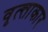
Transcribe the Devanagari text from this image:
वृत्त्ताकार